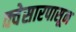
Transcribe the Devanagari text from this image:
क्वेसारपासून